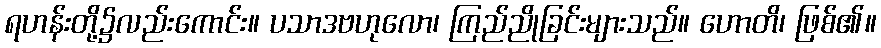
ရဟန်းတို့၌လည်းကောင်း။ ပသာဒဗဟုလော၊ ကြည်ညိုခြင်းများသည်။ ဟောတိ၊ ဖြစ်၏။